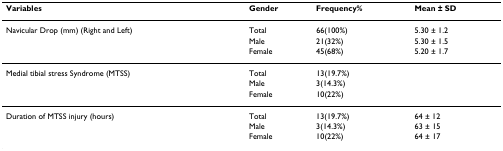
| Variables | Gender | Frequency% | Mean ± SD |
 | --- | --- | --- | --- |
 | Navicular Drop (mm) (Right and Left) | Total | 66(100%) | 5.30 ± 1.2 |
 |  | Male | 21(32%) | 5.30 ± 1.5 |
 |  | Female | 45(68%) | 5.20 ± 1.7 |
 | Medial tibial stress Syndrome (MTSS) | Total | 13(19.7%) |  |
 |  | Male | 3(14.3%) |  |
 |  | Female | 10(22%) |  |
 | Duration of MTSS injury (hours) | Total | 13(19.7%) | 64 ± 12 |
 |  | Male | 3(14.3%) | 63 ± 15 |
 |  | Female | 10(22%) | 64 ± 17 |